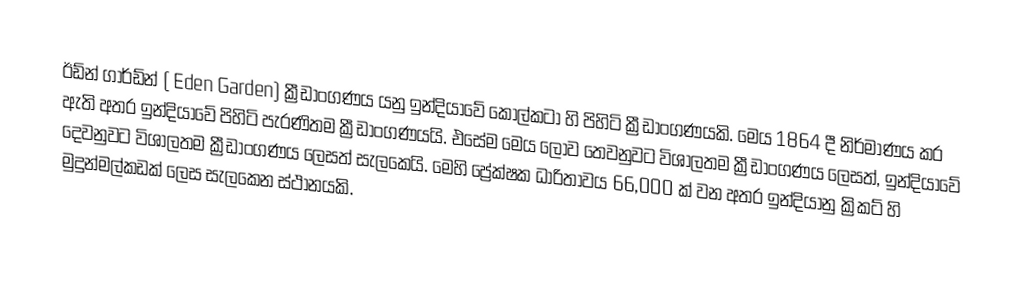
ඊඩ්න් ගාර්ඩ්න් ( Eden Garden) ක්‍රීඩාංගණය යනු ඉන්දියාවේ කොල්කටා හි පිහිටි ක්‍රීඩාංගණයකි. මෙය 1864 දී නිර්මාණය කර ඇති අතර ඉන්දියාවේ පිහිටි පැරණිතම ක්‍රීඩාංගණයයි. එසේම මෙය ලොව තෙවනුවට විශාලතම ක්‍රීඩාංගණය ලෙසත්, ඉන්දියාවේ දෙවනුවට විශාලතම ක්‍රීඩාංගණය ලෙසත් සැලකෙයි. මෙහි ප්‍රේක්ෂක ධාරිතාවය 66,000 ක් වන අතර ඉන්දියානු ක්‍රිකට් හි මුදුන්මල්කඩක් ලෙස සැලකෙන ස්ථානයකි.